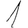
Digit: 1